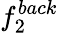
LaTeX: f_{2}^{back}